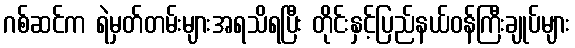
ဂစ်ဆင်က ရဲမှတ်တမ်းများအရသိရပြီး တိုင်းနှင့်ပြည်နယ်ဝန်ကြီးချုပ်များ